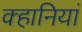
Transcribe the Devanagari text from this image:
क्हानियां